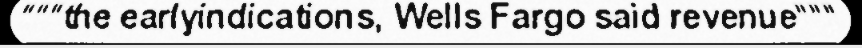
"""the earlyindications, Wells Fargo said revenue"""